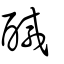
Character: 醎